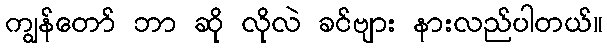
ကျွန်တော် ဘာ ဆို လိုလဲ ခင်ဗျား နားလည်ပါတယ်။